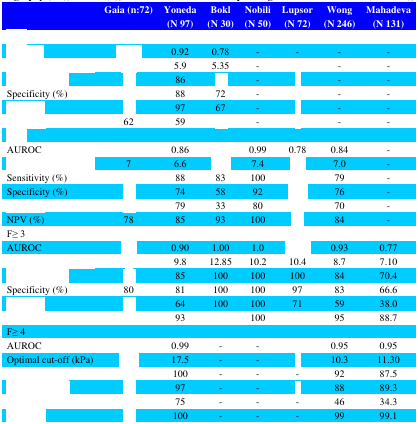
<table><thead><tr><td>[EMPTY_CELL]</td><td><b>Gaia (n:72)</b></td><td><b>Yoneda (N 97)</b></td><td><b>Bokl (N 30)</b></td><td><b>Nobili (N 50)</b></td><td><b>Lupsor (N 72)</b></td><td><b>Wong (N 246)</b></td><td><b>Mahadeva(N 131)</b></td></tr></thead><tbody><tr><td>[EMPTY_CELL]</td><td>[EMPTY_CELL]</td><td>[EMPTY_CELL]</td><td>[EMPTY_CELL]</td><td>[EMPTY_CELL]</td><td>[EMPTY_CELL]</td><td>[EMPTY_CELL]</td><td>[EMPTY_CELL]</td></tr><tr><td>[EMPTY_CELL]</td><td>[EMPTY_CELL]</td><td>0.92</td><td>0.78</td><td>-</td><td>-</td><td>-</td><td>-</td></tr><tr><td>[EMPTY_CELL]</td><td>[EMPTY_CELL]</td><td>5.9</td><td>5.35</td><td>-</td><td>[EMPTY_CELL]</td><td>-</td><td>-</td></tr><tr><td>[EMPTY_CELL]</td><td>[EMPTY_CELL]</td><td>86</td><td>[EMPTY_CELL]</td><td>-</td><td>[EMPTY_CELL]</td><td>-</td><td>-</td></tr><tr><td>Specificity (%)</td><td>[EMPTY_CELL]</td><td>88</td><td>72</td><td>-</td><td>[EMPTY_CELL]</td><td>-</td><td>-</td></tr><tr><td>[EMPTY_CELL]</td><td>[EMPTY_CELL]</td><td>97</td><td>67</td><td>-</td><td>[EMPTY_CELL]</td><td>-</td><td>-</td></tr><tr><td>[EMPTY_CELL]</td><td>62</td><td>59</td><td>[EMPTY_CELL]</td><td>-</td><td>[EMPTY_CELL]</td><td>-</td><td>-</td></tr><tr><td>[EMPTY_CELL]</td><td>[EMPTY_CELL]</td><td>[EMPTY_CELL]</td><td>[EMPTY_CELL]</td><td>[EMPTY_CELL]</td><td>[EMPTY_CELL]</td><td>[EMPTY_CELL]</td><td>[EMPTY_CELL]</td></tr><tr><td>AUROC</td><td>[EMPTY_CELL]</td><td>0.86</td><td>[EMPTY_CELL]</td><td>0.99</td><td>0.78</td><td>0.84</td><td>-</td></tr><tr><td>[EMPTY_CELL]</td><td>7</td><td>6.6</td><td>[EMPTY_CELL]</td><td>7.4</td><td>[EMPTY_CELL]</td><td>7.0</td><td>-</td></tr><tr><td>Sensitivity (%)</td><td>[EMPTY_CELL]</td><td>88</td><td>83</td><td>100</td><td>[EMPTY_CELL]</td><td>79</td><td>-</td></tr><tr><td>Specificity (%)</td><td>[EMPTY_CELL]</td><td>74</td><td>58</td><td>92</td><td>[EMPTY_CELL]</td><td>76</td><td>-</td></tr><tr><td>[EMPTY_CELL]</td><td>[EMPTY_CELL]</td><td>79</td><td>33</td><td>80</td><td>[EMPTY_CELL]</td><td>70</td><td>-</td></tr><tr><td>NPV (%)</td><td>78</td><td>85</td><td>93</td><td>100</td><td>[EMPTY_CELL]</td><td>84</td><td>-</td></tr><tr><td>F≥ 3</td><td>[EMPTY_CELL]</td><td>[EMPTY_CELL]</td><td>[EMPTY_CELL]</td><td>[EMPTY_CELL]</td><td>[EMPTY_CELL]</td><td>[EMPTY_CELL]</td><td>[EMPTY_CELL]</td></tr><tr><td>AUROC</td><td>[EMPTY_CELL]</td><td>0.90</td><td>1.00</td><td>1.0</td><td>[EMPTY_CELL]</td><td>0.93</td><td>0.77</td></tr><tr><td>[EMPTY_CELL]</td><td>[EMPTY_CELL]</td><td>9.8</td><td>12.85</td><td>10.2</td><td>10.4</td><td>8.7</td><td>7.10</td></tr><tr><td>[EMPTY_CELL]</td><td>[EMPTY_CELL]</td><td>85</td><td>100</td><td>100</td><td>100</td><td>84</td><td>70.4</td></tr><tr><td>Specificity (%)</td><td>80</td><td>81</td><td>100</td><td>100</td><td>97</td><td>83</td><td>66.6</td></tr><tr><td>[EMPTY_CELL]</td><td>[EMPTY_CELL]</td><td>64</td><td>100</td><td>100</td><td>71</td><td>59</td><td>38.0</td></tr><tr><td>[EMPTY_CELL]</td><td>[EMPTY_CELL]</td><td>93</td><td>[EMPTY_CELL]</td><td>100</td><td>[EMPTY_CELL]</td><td>95</td><td>88.7</td></tr><tr><td>F≥ 4</td><td>[EMPTY_CELL]</td><td>[EMPTY_CELL]</td><td>[EMPTY_CELL]</td><td>[EMPTY_CELL]</td><td>[EMPTY_CELL]</td><td>[EMPTY_CELL]</td><td>[EMPTY_CELL]</td></tr><tr><td>AUROC</td><td>[EMPTY_CELL]</td><td>0.99</td><td>-</td><td>-</td><td>[EMPTY_CELL]</td><td>0.95</td><td>0.95</td></tr><tr><td>Optimal cut-off (kPa)</td><td>[EMPTY_CELL]</td><td>17.5</td><td>-</td><td>-</td><td>[EMPTY_CELL]</td><td>10.3</td><td>11.30</td></tr><tr><td>[EMPTY_CELL]</td><td>[EMPTY_CELL]</td><td>100</td><td>-</td><td>-</td><td>-</td><td>92</td><td>87.5</td></tr><tr><td>[EMPTY_CELL]</td><td>[EMPTY_CELL]</td><td>97</td><td>-</td><td>-</td><td>[EMPTY_CELL]</td><td>88</td><td>89.3</td></tr><tr><td>[EMPTY_CELL]</td><td>[EMPTY_CELL]</td><td>75</td><td>-</td><td>-</td><td>-</td><td>46</td><td>34.3</td></tr><tr><td>[EMPTY_CELL]</td><td>[EMPTY_CELL]</td><td>100</td><td>-</td><td>-</td><td>-</td><td>99</td><td>99.1</td></tr></tbody></table>